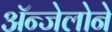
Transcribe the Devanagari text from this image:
ॲन्जेलोने